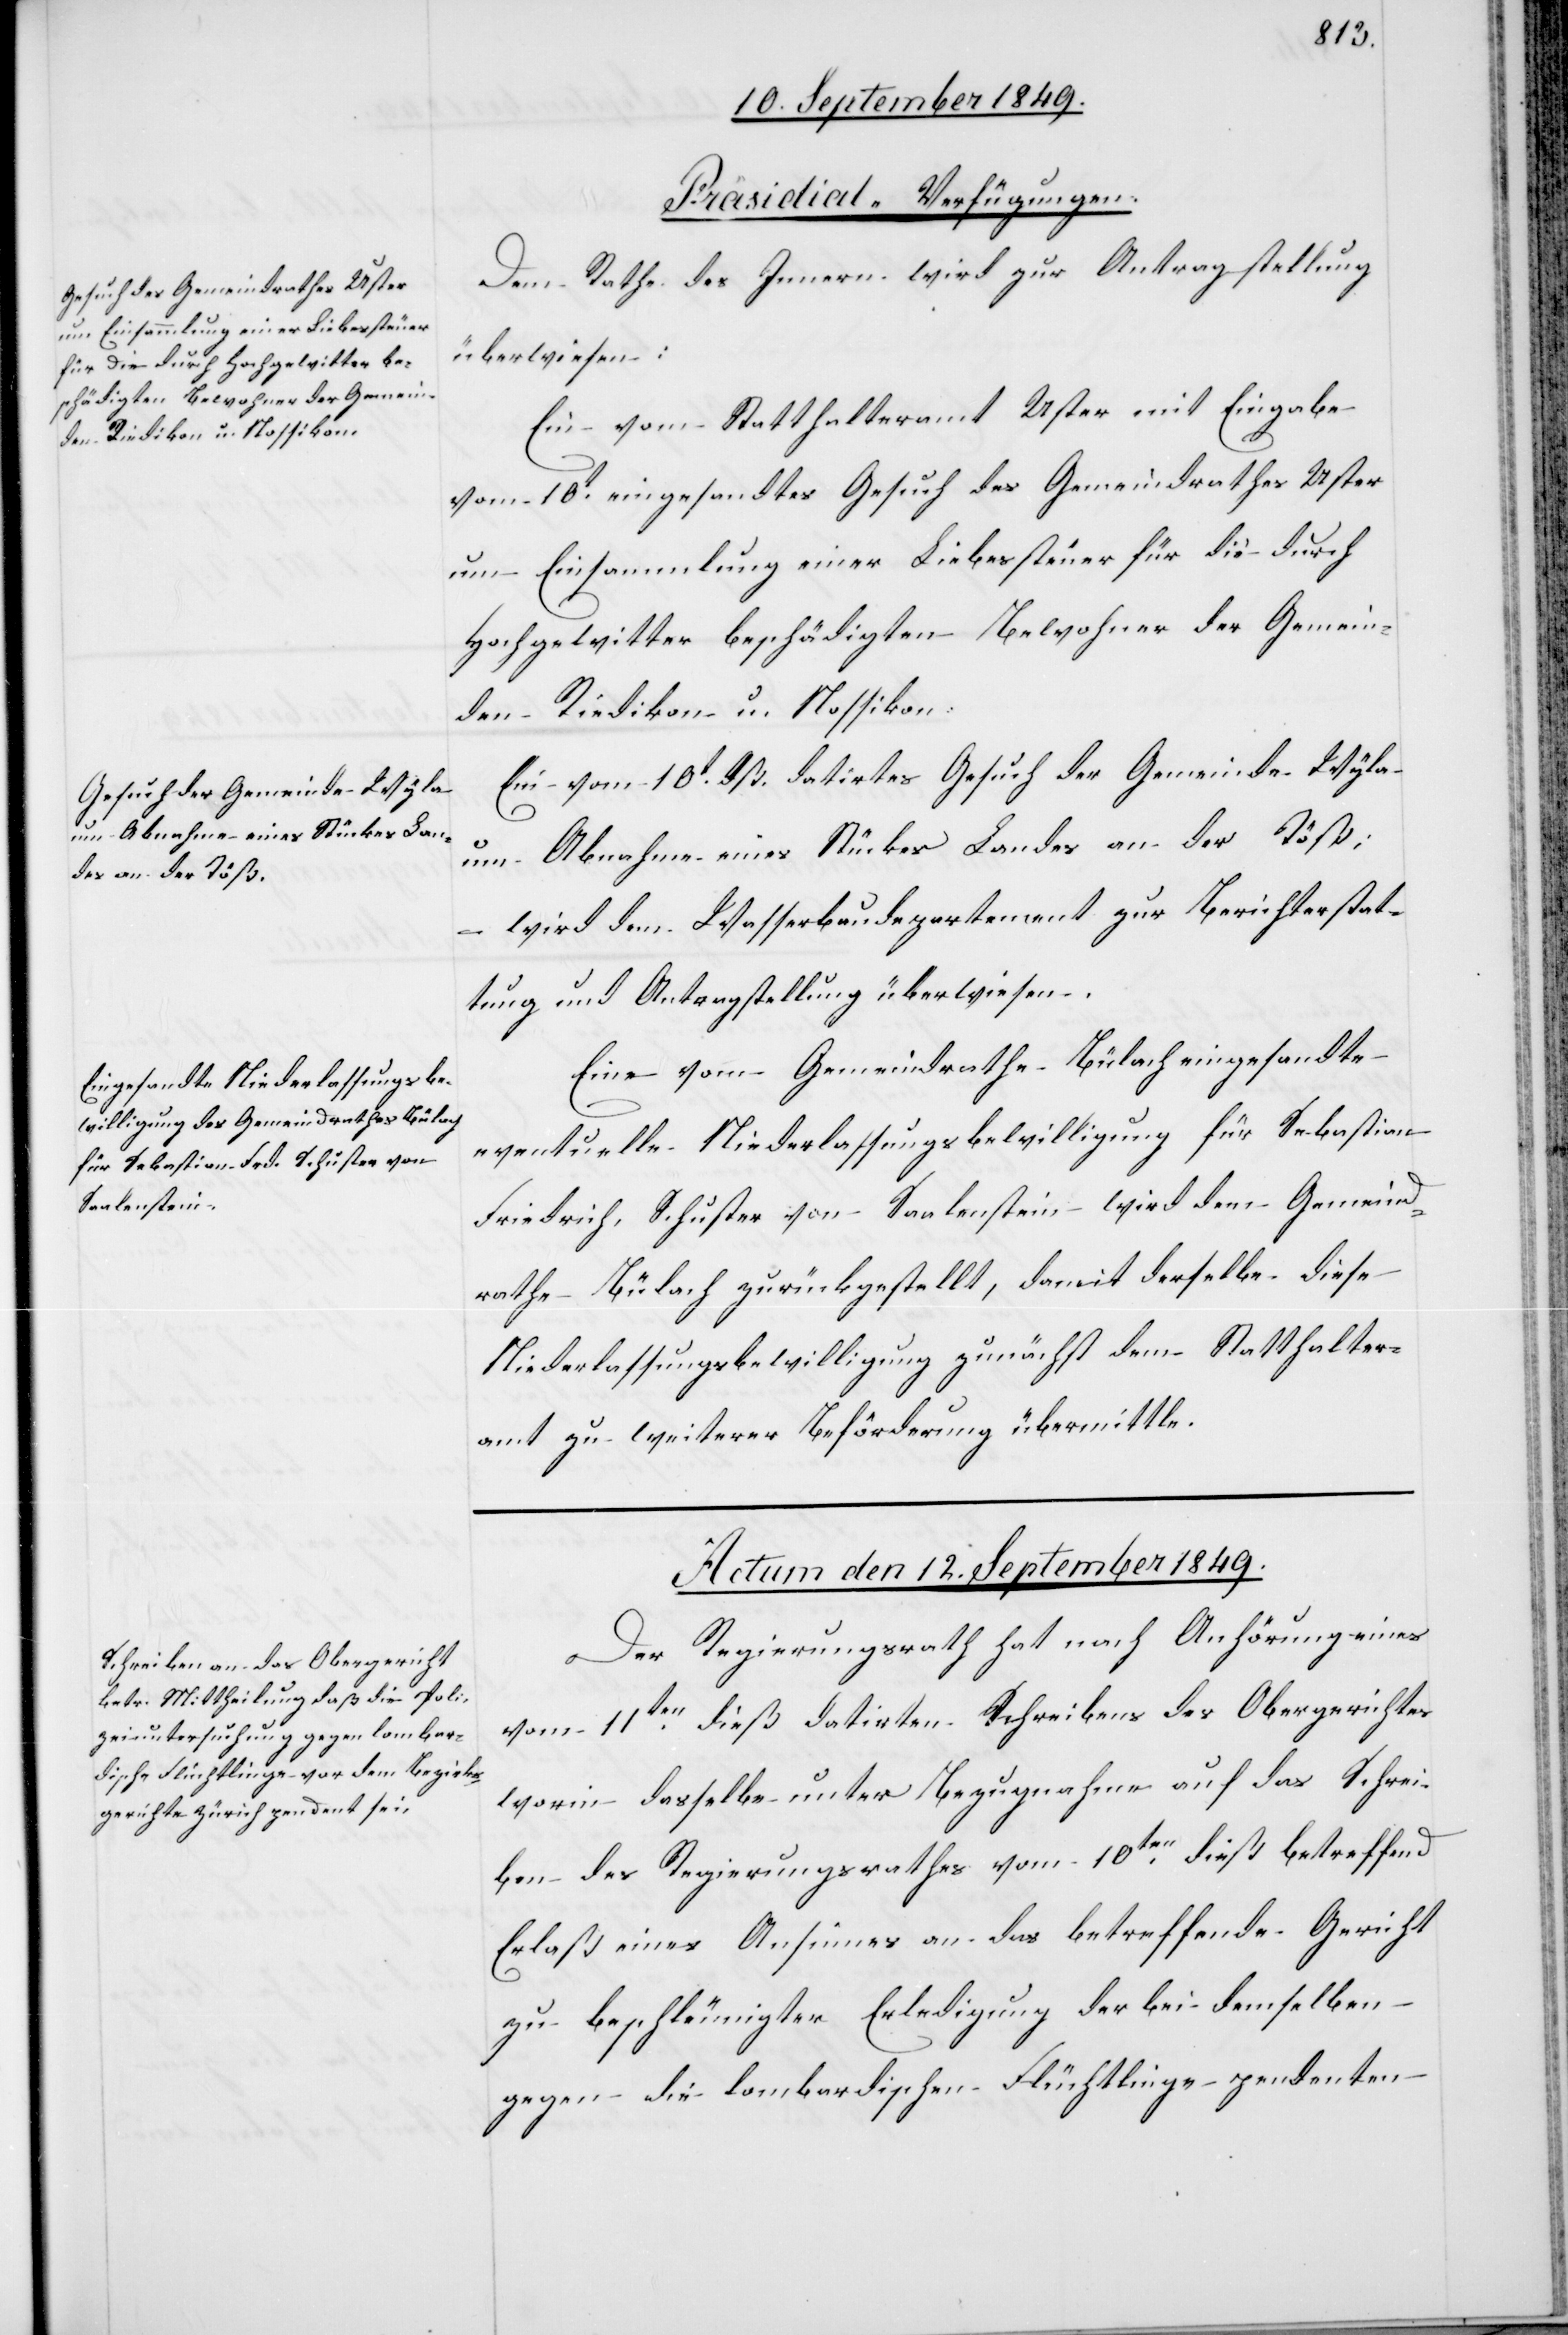
den Riedikon u. Nossikon.

[Präsidial-Verfügungen.]
Dem Rathe des Innern wird zur Antragstellung
überwiesen:
ein vom Statthalteramt Uster mit Eingabe
vom 10t eingesandtes Gesuch des Gemeindrathes Uster
um Einsammlung einer Liebessteuer für die durch
Hochgewitter beschäftigten Bewohner der Gemein¬
Ein vom 10t dß. datirtes Gesuch der Gemeinde Wyla
um Abnahme eines Stückes Landes an der Töß;
wird dem Wasserbaudepartement zur Berichterstat¬
tung und Antragstellung überwiesen.
Eine vom Gemeindrathe Bülach eingesandte
eventuelle Niederlassungsbewilligung für Sebastian
Friedrich Schuster von Saalenstein wird dem Gemeind¬
rathe Bülach zurückgestellt, damit derselbe diese
Niederlassungsbewilligung zunächst dem Statthalter¬
amt zu weiterer Beförderung übermittle.
Actum den 12t September 1849.
Der Regierungsrath hat nach Anhörung eines
vom 11ten dieß datirten Schreibens des Obergerichtes
worin dasselbe unter Bezugnahme auf das Schrei¬
ben des Regierungsrathes vom 10ten dieß betreffend
Erlaß eines Ansinnes an das betreffende Gericht
zu beschleunigter Erledigung der bei dem selben
gegen die lombardischen Flüchtlinge pendenten